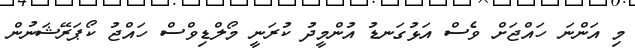
މި އަންނަ ހައްޖަށް ވެސް އަޅުގަނޑު އުންމީދު ކުރަނީ މޯލްޑިވްސް ހައްޖު ކޯޕަރޭޝަނުން